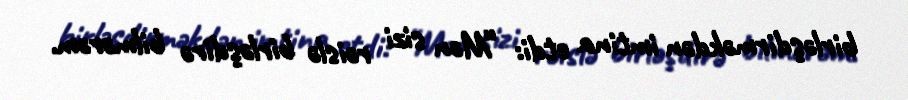
birləşdirməkdən imtina etdi: “Mən sizi rəislə birləşdirə bilmərəm.